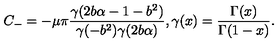
C _ { - } = - \mu \pi \frac { \gamma ( 2 b \alpha - 1 - b ^ { 2 } ) } { \gamma ( - b ^ { 2 } ) \gamma ( 2 b \alpha ) } , \gamma ( x ) = \frac { \Gamma ( x ) } { \Gamma ( 1 - x ) } .